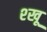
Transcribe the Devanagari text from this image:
श्खू